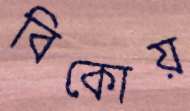
বিকোয়